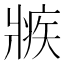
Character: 𤖏